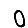
Digit: 0